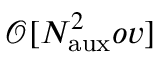
\mathcal { O } [ N _ { \mathrm { a u x } } ^ { 2 } o v ]